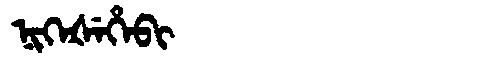
Manchu: ᠨᡳᡴᡝᡧᡝᡥᡝᠪᡳ
Romanization: NIKEŠEHEBI